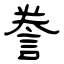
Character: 誊